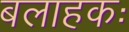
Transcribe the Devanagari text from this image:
बलाहकः